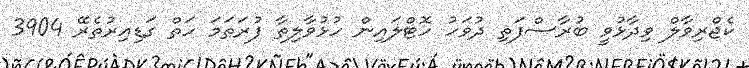
ކެޖްރިވާލް ވިދާޅުވީ ބުރާސްފަތި ދުވަހު ހޮޓްލައިން ހުޅުވާލިތާ ފުރަތަމަ ހަތް ގަޑިއިރުތެރޭ 3904